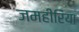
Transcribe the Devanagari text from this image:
जमहीरिया